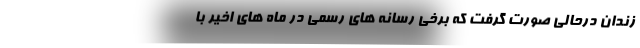
زندان درحالی صورت گرفت که برخی رسانه های رسمی در ماه های اخیر با